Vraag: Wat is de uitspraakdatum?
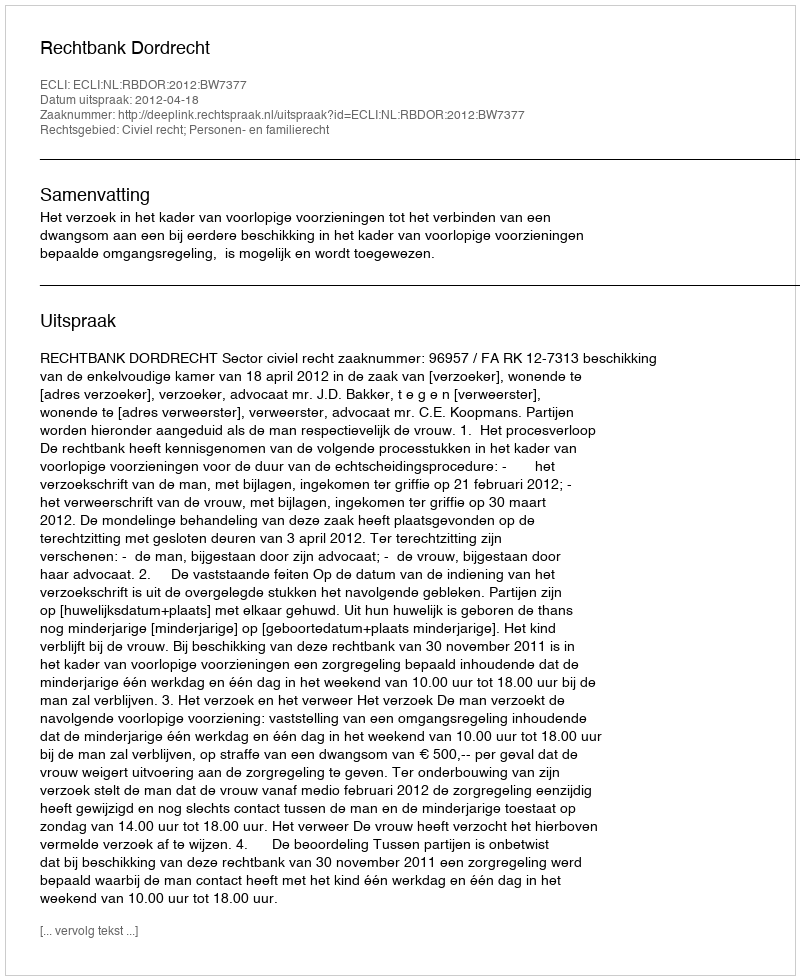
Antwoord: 2012-04-18